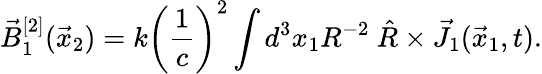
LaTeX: \vec{B}_{1}^{[2]}(\vec{x}_{2})=k\left(\frac{1}{c}\right)^{2}\int d^{3}x_{1}R^{-2}~\hat{R}\times\vec{J}_{1}(\vec{x}_{1},t).